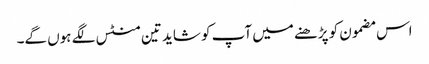
اس مضمون کو پڑھنے میں آپ کو شاید تین منٹس لگے ہوں گے۔